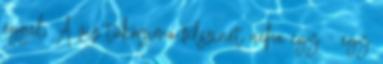
éggel. A víz tükörsima felszínét néha egy - egy